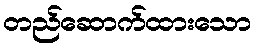
တည်ဆောက်ထားသော